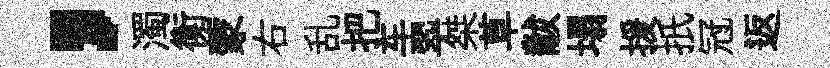
，濁衡蒙右乱把车翆桀草黻塌援扺冠返